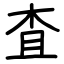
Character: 査